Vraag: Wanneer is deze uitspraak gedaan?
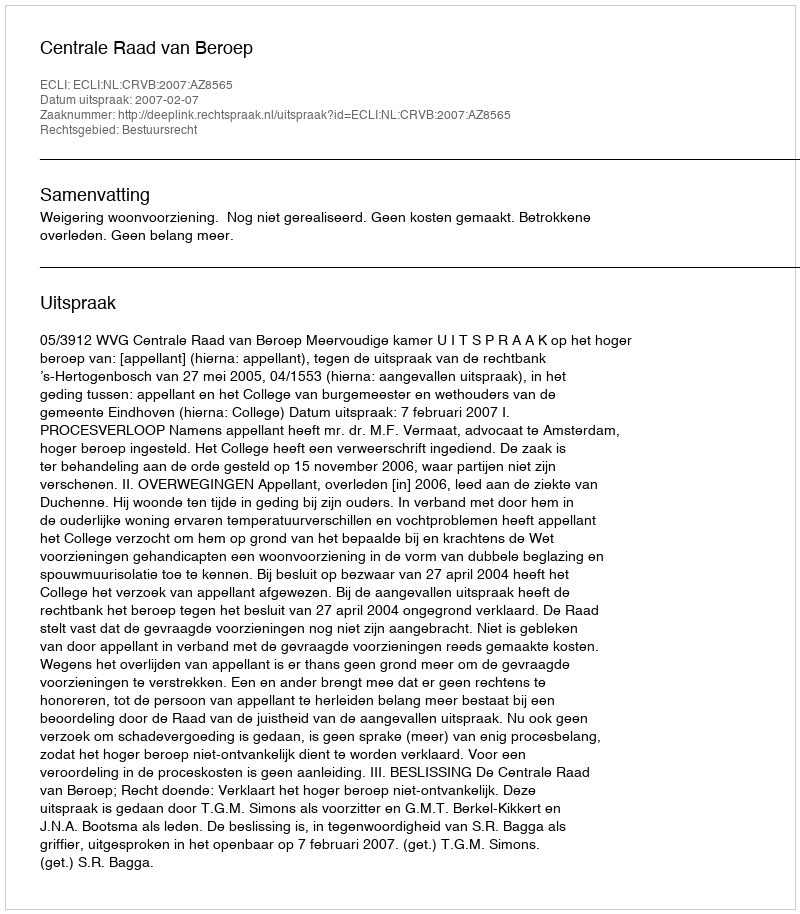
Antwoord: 2007-02-07